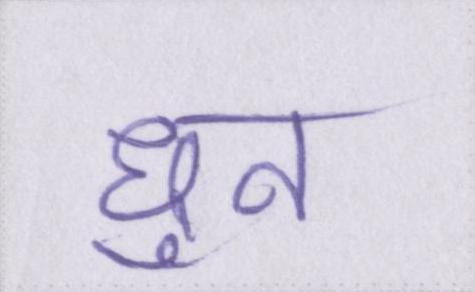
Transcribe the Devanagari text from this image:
धुन